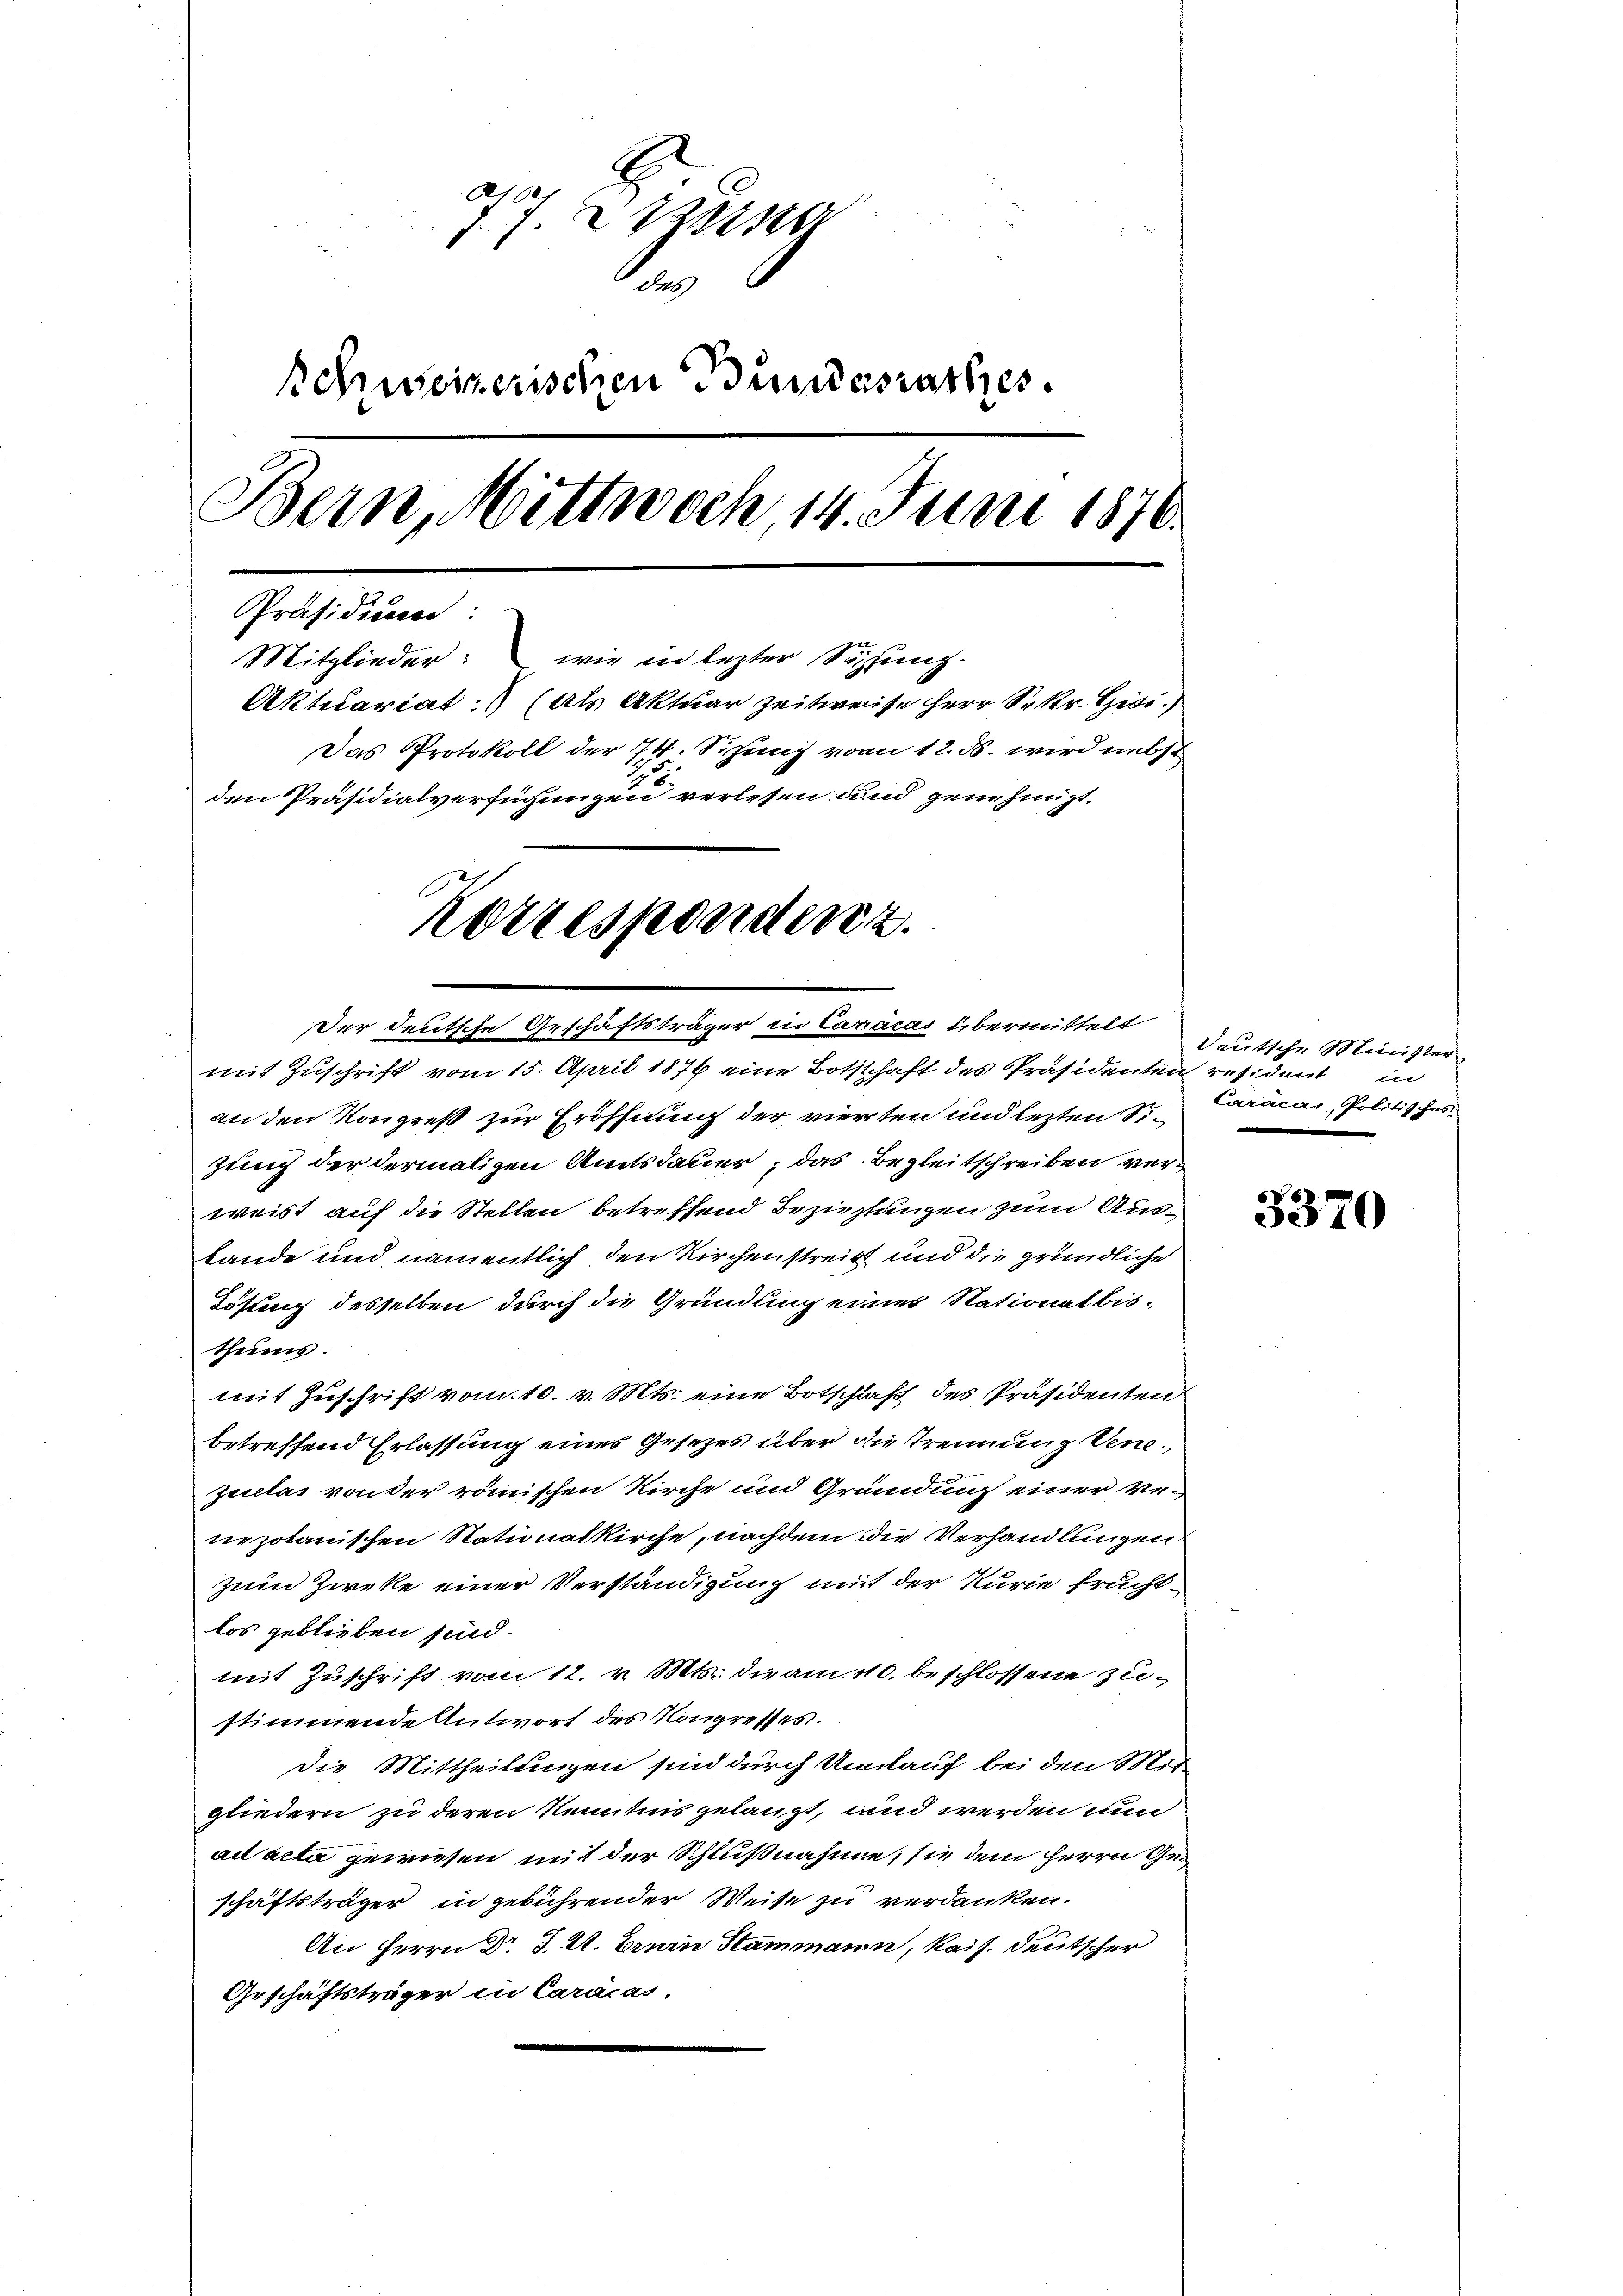
77. 2 des
1
n
Schweizerischen Bundesrathes
Bern, Mittwoch 14. Juni 1870.
Präsidium:
Mitglieder: wie in lezter Sichung.
Aktuariat (als Aktuar Zeitweise Herr Sr. Kr. Gisi
Das Protokoll der 74. Sizung vom 12. ds. wird nebst
den Präsidialverfügungen verlesen und genehmigt.
Korrespondenz.

Der deutsche Geschäftsträger in Caracas übermittelt
mit Zuschrift vom 15. April 1876 eine Botschaft des Präsidenten resident in
an den Kongreß zur Eröffnung der vierten und lezten Sizung der dermaligen Amtsdauer, das Begleitschreiben verweist auf die Stellen betreffend Bezielungen zum Aus¬
Lande und namentlich den Kirchenstreit und die gründliche
Lösung desselben durch die Gründung eines Stationalbisthums:
mit Zuschrift vom 10. v. Mts. eine Botschlaf des Präsidenten
betreffend Erlassung eines Gesezes über die Trennung Venezulas von der römischen Kirche und Grandung einer venezolanischen Stationalkirche, nachdem die Verhandlungen
zum Zirke einer Verständigung mit der Kurie fruchtlos geblieben sind.
mit Zuschrift vom 12. v. Mts. die am 110. beschlossene Zustimmende Antwort des Kongresses.
Die Mittheilungen sind durch Umlauf bei den Mit-
gliedern zu deren Kenntnis gelangt, und werden nun
ad acta gewiesen mit der Schlußnahme; sie dem Herrn Geschäftsträger in gebührender Weise zu verdanken.
An Herrn Dr. J. U. Eruin Stammann, Kais. deutscher
Geschäftsträger in Caracas.

Deutsche Minister
Caracar, Politisches

3370